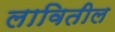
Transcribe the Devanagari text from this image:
लावितील